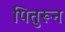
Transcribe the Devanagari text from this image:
पितुरून